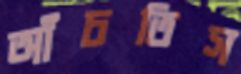
আঁচতিস